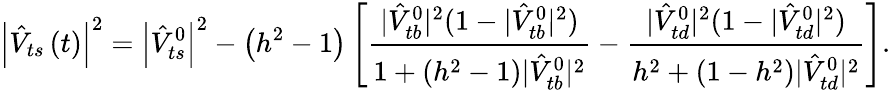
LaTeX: \left|\hat{V}_{ts}\left(t\right)\right|^{2}=\left|\hat{V}_{ts}^{0}\right|^{2}-\left(h^{2}-1\right)\left[\frac{|\hat{V}_{tb}^{0}|^{2}(1-|\hat{V}_{tb}^{0}|^{2})}{1+\left(h^{2}-1\right)|\hat{V}_{tb}^{0}|^{2}}-\frac{|\hat{V}_{td}^{0}|^{2}(1-|\hat{V}_{td}^{0}|^{2})}{h^{2}+\left(1-h^{2}\right)|\hat{V}_{td}^{0}|^{2}}\right].